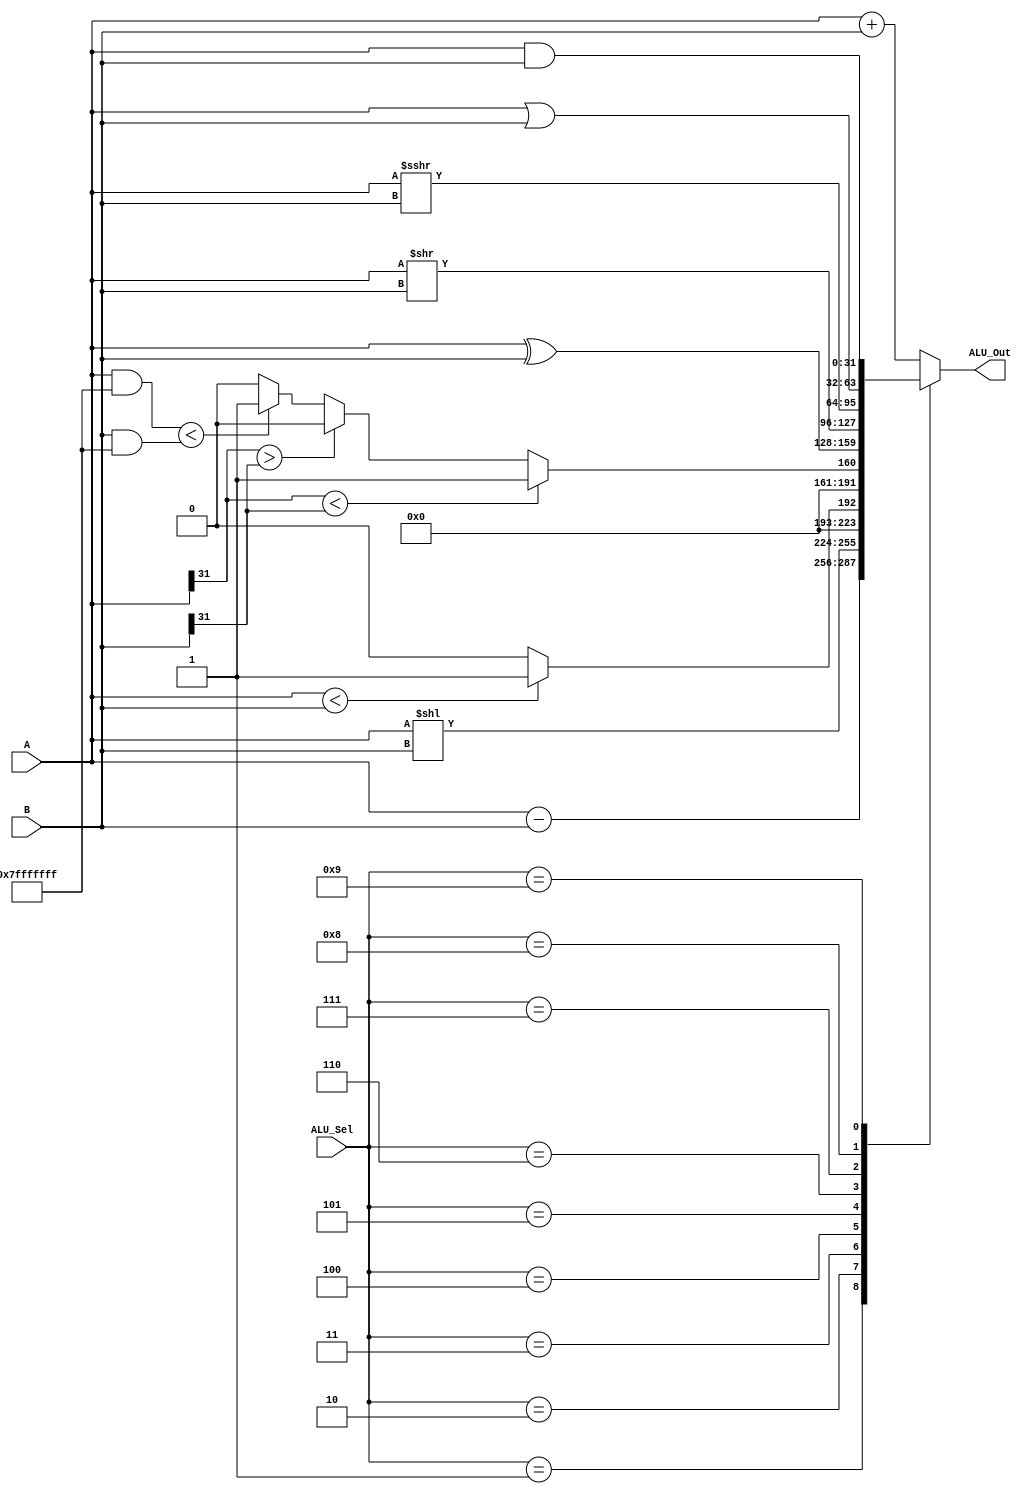

module ALU(A,B,ALU_Sel,ALU_Out);
parameter WIDTH_DATA_LENGTH = 32;
parameter WIDTH_SEL_LENGTH = 4; // log 2 cua 10 = 4

input [WIDTH_DATA_LENGTH-1:0] A;
input [WIDTH_DATA_LENGTH-1:0] B;
input [WIDTH_SEL_LENGTH-1 :0] ALU_Sel;

output [WIDTH_DATA_LENGTH -1 :0] ALU_Out;
reg CarryOut;
    
reg [WIDTH_DATA_LENGTH-1:0] ALU_Result;
reg [WIDTH_DATA_LENGTH-1:0] C;
reg [WIDTH_DATA_LENGTH-1:0] D;


assign ALU_Out = ALU_Result; // ALU out

always @(*)
    begin
        case(ALU_Sel)
        4'b0000: // Addition
           ALU_Result = A + B ; 
        4'b0001: // Subtraction
           ALU_Result = A - B ;
        4'b0010: //  Shift left (sll)
           ALU_Result = A<< (B);
        4'b0011: // (slt)
            ALU_Result = (A<B) ? 32'd1 : 32'd0 ;
        4'b0100: //  (sltu)
	   if ( A[31] < B[31] ) 
	   begin ALU_Result = 32'd1;
	   end
	   else if ( A[31] > B[31] )
	   begin ALU_Result = 32'd0;
	   end
	   else begin
	   C = A & 32'h7fffffff;
	   D = B & 32'h7fffffff;	 
           ALU_Result = (C<D) ? 32'd1 :32'd0;
	   end 
         4'b0101: // xor
           ALU_Result = A^B;
         4'b0110: // srl
           ALU_Result = A >> (B);
         4'b0111: // sra
	   ALU_Result = A >>> (B);
          4'b1000: //  Logical or 
           ALU_Result = A | B;
          4'b1001: //  Logical and
           ALU_Result = A & B;
   	default: ALU_Result = A + B ; 
        endcase
    end

endmodule